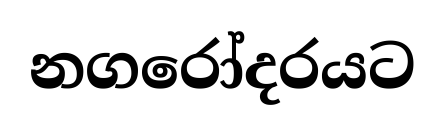
නගරෝදරයට